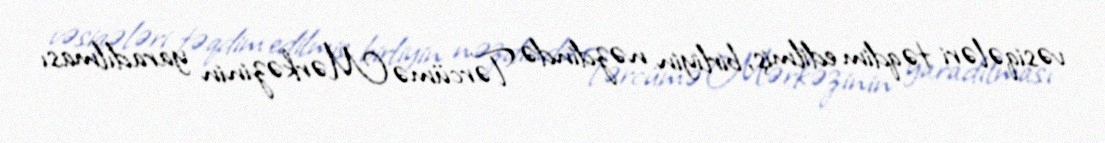
vəsiqələri təqdim edilmiş, birliyin nəzdində Tərcümə Mərkəzinin yaradılması